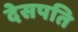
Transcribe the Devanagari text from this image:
देसपति